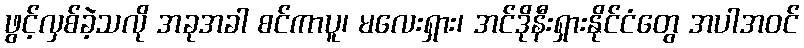
ဖွင့်လှစ်ခဲ့သလို အခုအခါ စင်ကာပူ၊ မလေးရှား၊ အင်ဒိုနီးရှားနိုင်ငံတွေ အပါအဝင်